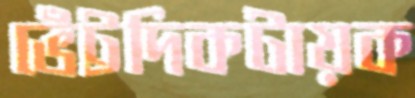
ভেঁট্টদিকটায়ক